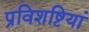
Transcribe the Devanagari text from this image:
प्रविशष्टियां